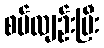
စပ်လျဉ်းပြီး